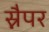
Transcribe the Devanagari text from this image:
स्नैपर